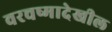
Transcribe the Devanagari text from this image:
वरचष्मादेखील